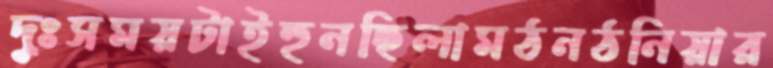
দুঃসময়টাইহুনছিলামঠনঠনিয়ার